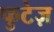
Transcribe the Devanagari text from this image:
फुटेज़